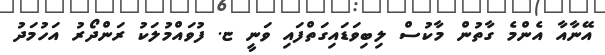
އޭނާއާ އެންމެ ގާތުން މާކުސް ލިބިވަޑައިގަތްފައި ވަނީ ޏ. ފުވައްމުލަކު ރަންދޯރު އަހުމަދު